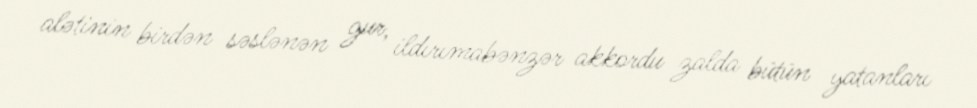
alətinin birdən səslənən gur, ildırımabənzər akkordu zalda bütün yatanları